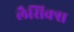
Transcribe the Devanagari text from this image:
लैसिक्स